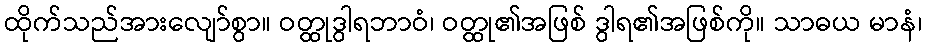
ထိုက်သည်အားလျော်စွာ။ ဝတ္ထုဒွါရဘာဝံ၊ ဝတ္ထု၏အဖြစ် ဒွါရ၏အဖြစ်ကို။ သာဓယ မာနံ၊